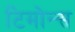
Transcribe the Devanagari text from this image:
टिमोन्स